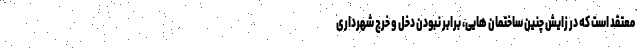
معتقد است که در زایش چنین ساختمان هایی، برابر نبودن دخل و خرج شهرداری